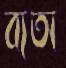
ব্যতা